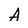
Character: A